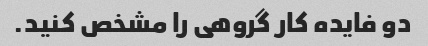
دو فایده کار گروهی را مشخص کنید.